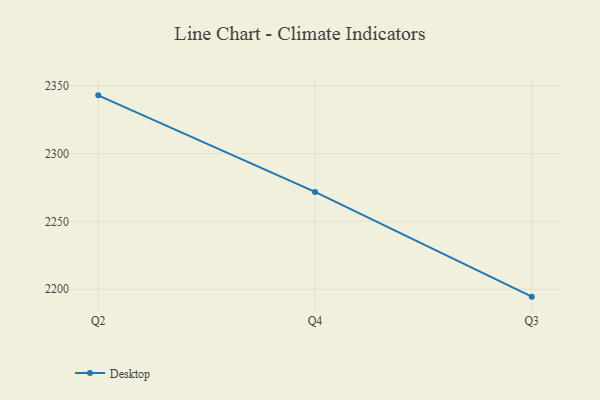
{"axis": {"x": "Quarter", "y": "Market Share (%)"}, "legend": ["Desktop"], "data": [{"x": "Q2", "y": 2342.9, "type": "Desktop"}, {"x": "Q4", "y": 2271.7, "type": "Desktop"}, {"x": "Q3", "y": 2194.5, "type": "Desktop"}]}